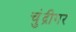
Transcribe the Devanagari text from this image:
चुंद्रीगर